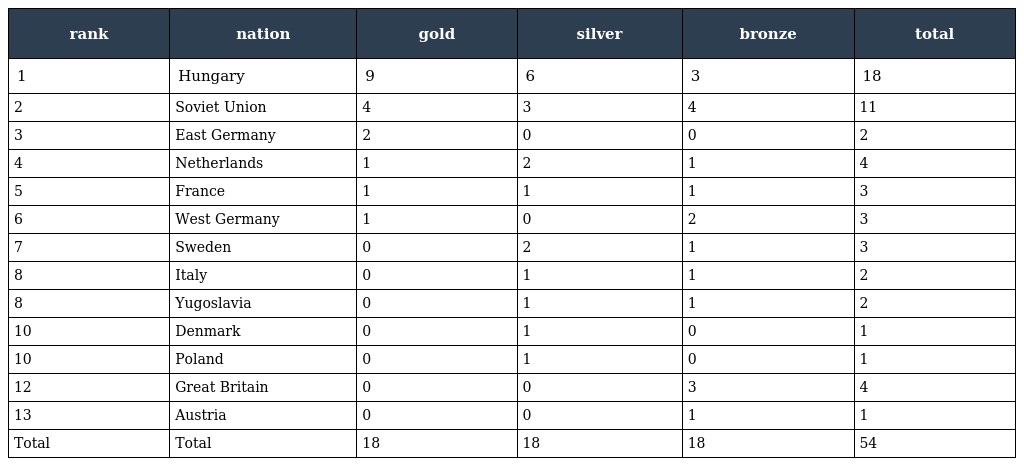
| rank | nation | gold | silver | bronze | total |
 | --- | --- | --- | --- | --- | --- |
 | 1 | Hungary | 9 | 6 | 3 | 18 |
 | 2 | Soviet Union | 4 | 3 | 4 | 11 |
 | 3 | East Germany | 2 | 0 | 0 | 2 |
 | 4 | Netherlands | 1 | 2 | 1 | 4 |
 | 5 | France | 1 | 1 | 1 | 3 |
 | 6 | West Germany | 1 | 0 | 2 | 3 |
 | 7 | Sweden | 0 | 2 | 1 | 3 |
 | 8 | Italy | 0 | 1 | 1 | 2 |
 | 8 | Yugoslavia | 0 | 1 | 1 | 2 |
 | 10 | Denmark | 0 | 1 | 0 | 1 |
 | 10 | Poland | 0 | 1 | 0 | 1 |
 | 12 | Great Britain | 0 | 0 | 3 | 4 |
 | 13 | Austria | 0 | 0 | 1 | 1 |
 | Total | Total | 18 | 18 | 18 | 54 |